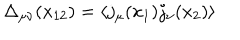
\Delta _ { \mu \nu } ( x _ { 1 2 } ) = \langle j _ { \mu } ( x _ { 1 } ) j _ { \nu } ( x _ { 2 } ) \rangle